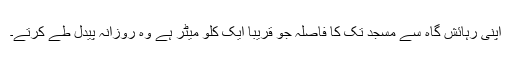
اپنی رہائش گاہ سے مسجد تک کا فاصلہ جو قریباً ایک کلو میٹر ہے وہ روزانہ پیدل طے کرتے۔